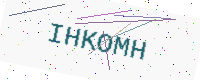
Text: IHKOMH